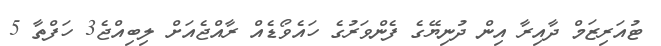
ޓުއަރިޒަމް ދާއިރާ އިން ދުނިޔޭގެ ފެންވަރުގެ ހައެވޯޑެއް ރާއްޖެއަށް ލިބިއްޖެ3 ހަފްތާ 5